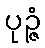
ပုဉ္ဇံ